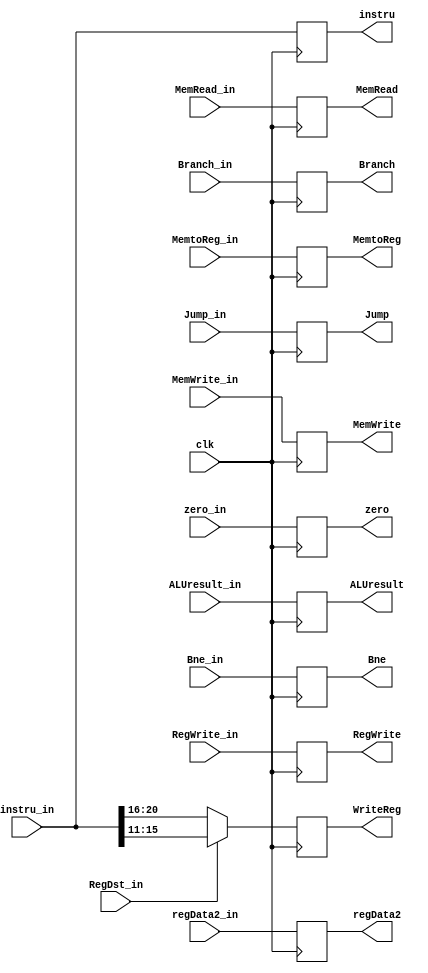
module pr_ex_mem(
  input clk,
  input Jump_in, // MEM
  input Branch_in, // MEM
  input Bne_in, // MEM
  input MemRead_in, // MEM
  input MemtoReg_in, // WB
  input MemWrite_in, // MEM 
  input RegWrite_in, // WB
  input RegDst_in, // EX, only used here
  output reg Jump, 
  output reg Branch, 
  output reg Bne,
  output reg MemRead,
  output reg MemtoReg,
  output reg MemWrite,
  output reg RegWrite,

  input zero_in,
  input [31:0] ALUresult_in,
  input [31:0] instru_in, // receive instru and transf to WriteReg (w.b. to Reg)
  input [31:0] regData2_in,
  output reg zero,
  output reg [31:0] ALUresult,
  output reg [4:0] WriteReg,
  output reg [31:0] instru,
  output reg [31:0] regData2
);

  // TODO: add support for EX.Flush

  initial begin
    Jump = 0;
    Branch = 0;
    Bne = 0;
    MemRead = 0;
    MemtoReg = 0;
    MemWrite = 0;
    RegWrite = 0;
  end

  always @(posedge clk) begin
    Jump = Jump_in;
    Branch = Branch_in;
    Bne = Bne_in;
    MemRead = MemRead_in;
    MemtoReg = MemtoReg_in;
    MemWrite = MemWrite_in;
    RegWrite = RegWrite_in;
    instru = instru_in;

    zero = zero_in;
    ALUresult = ALUresult_in;
    regData2 = regData2_in;
    if (RegDst_in == 1'b0) begin
      WriteReg = instru_in[20:16];
    end else begin
      WriteReg = instru_in[15:11];
    end
  end

endmodule